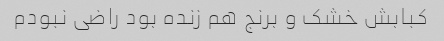
کبابش خشک و برنج هم زنده بود راضی نبودم